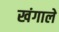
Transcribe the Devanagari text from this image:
खंगाले